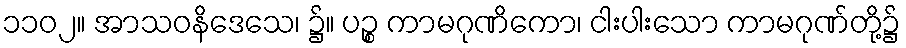
၁၁၀၂။ အာသဝနိဒေသေ၊ ၌။ ပဉ္စ ကာမဂုဏိကော၊ ငါးပါးသော ကာမဂုဏ်တို့၌